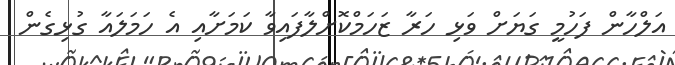
އަލްހާން ފަހުމީ ގަޔަށް ވަޅި ހަރާ ޒަހަމްކޮށްލާފައިވާ ކަމަށާއި އެ ހަމަލައާ ގުޅިގެން